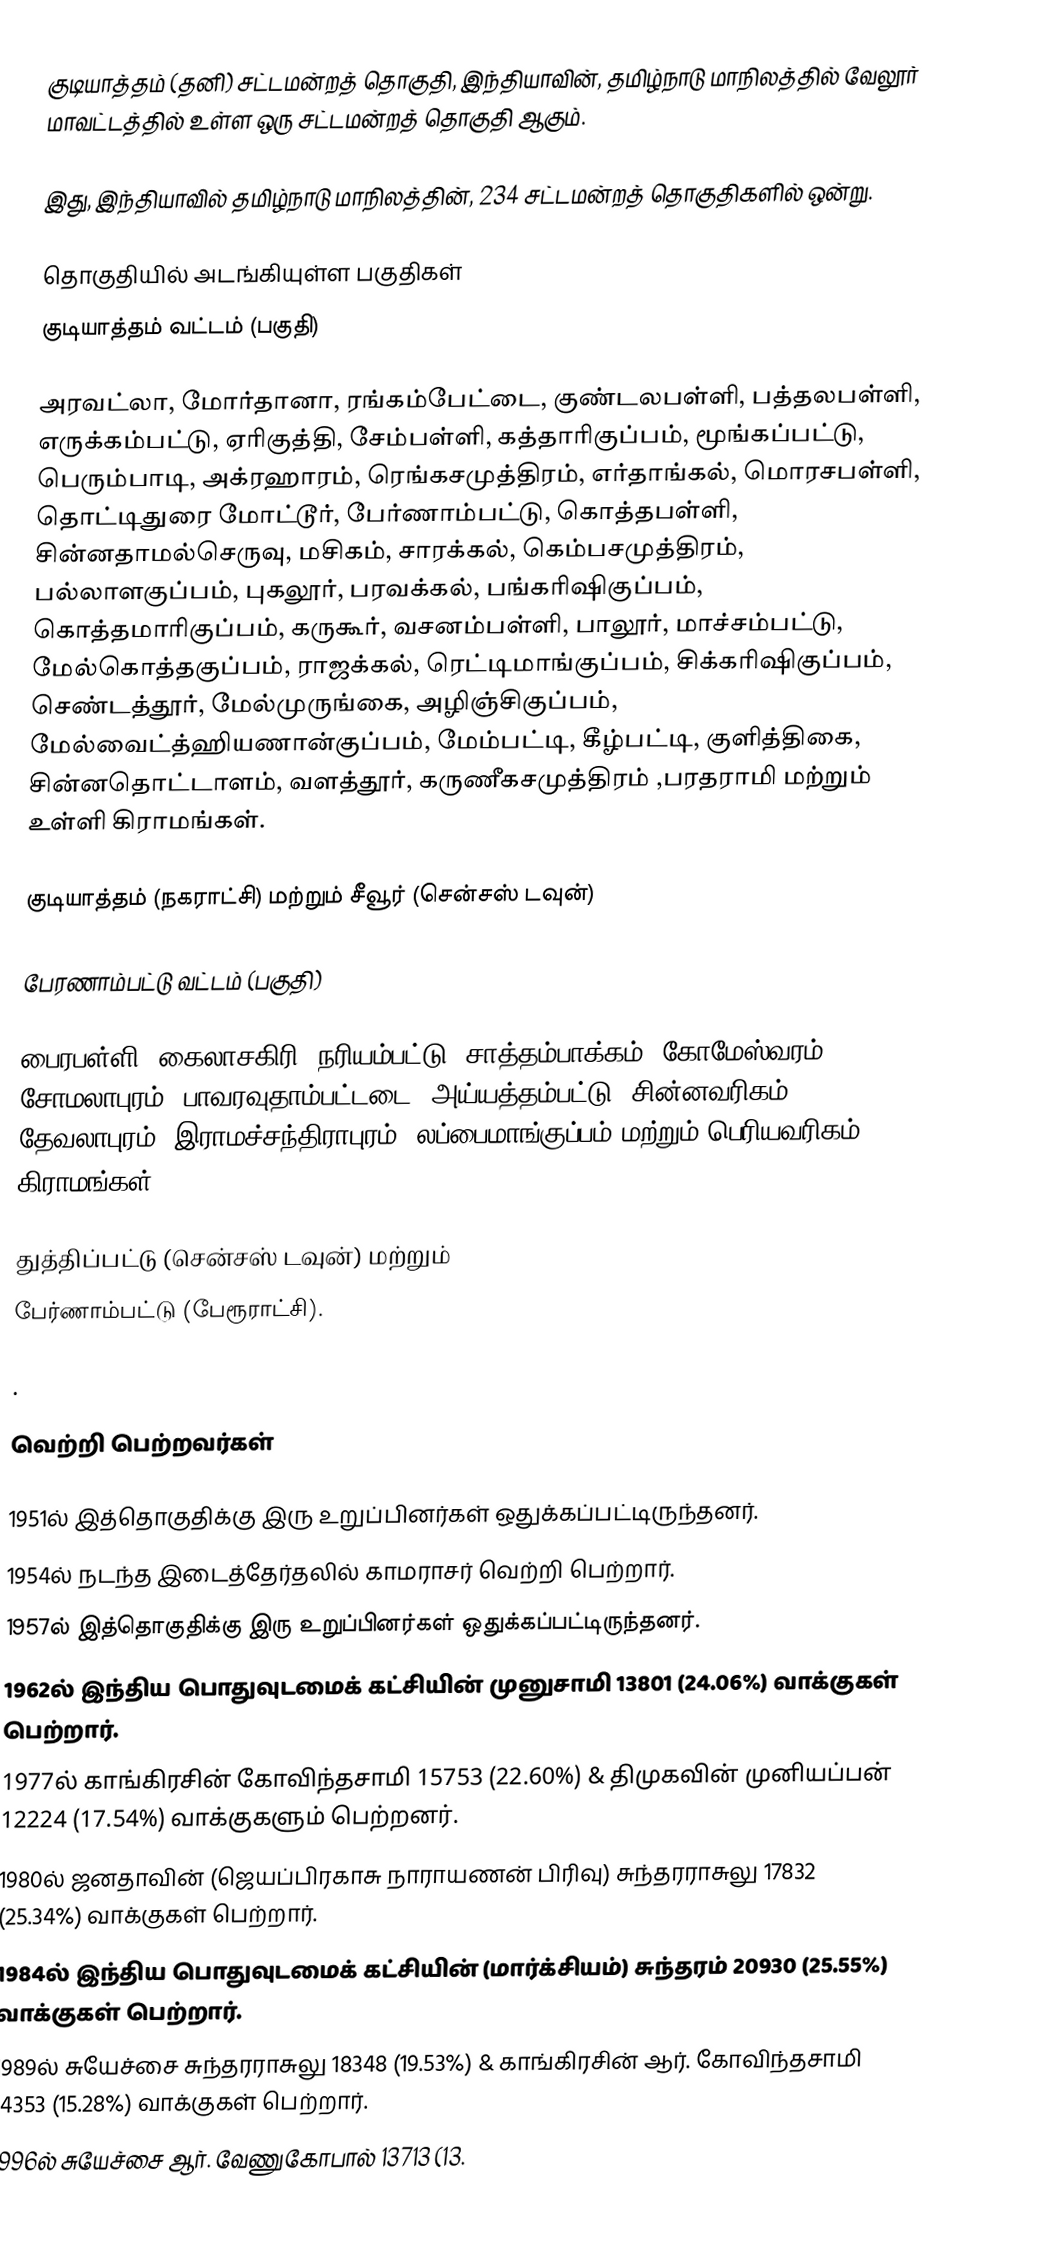
குடியாத்தம் (தனி)  சட்டமன்றத் தொகுதி, இந்தியாவின், தமிழ்நாடு மாநிலத்தில்  வேலூர் மாவட்டத்தில் உள்ள ஒரு சட்டமன்றத் தொகுதி ஆகும்.

இது, இந்தியாவில் தமிழ்நாடு மாநிலத்தின், 234 சட்டமன்றத் தொகுதிகளில் ஒன்று.

தொகுதியில் அடங்கியுள்ள பகுதிகள்
 குடியாத்தம் வட்டம் (பகுதி)

அரவட்லா, மோர்தானா, ரங்கம்பேட்டை, குண்டலபள்ளி, பத்தலபள்ளி, எருக்கம்பட்டு, ஏரிகுத்தி, சேம்பள்ளி, கத்தாரிகுப்பம், மூங்கப்பட்டு, பெரும்பாடி, அக்ரஹாரம், ரெங்கசமுத்திரம், எர்தாங்கல், மொரசபள்ளி, தொட்டிதுரை மோட்டூர், பேர்ணாம்பட்டு, கொத்தபள்ளி, சின்னதாமல்செருவு, மசிகம், சாரக்கல், கெம்பசமுத்திரம், பல்லாளகுப்பம், புகலூர், பரவக்கல், பங்கரிஷிகுப்பம், கொத்தமாரிகுப்பம், கருகூர், வசனம்பள்ளி, பாலூர், மாச்சம்பட்டு, மேல்கொத்தகுப்பம், ராஜக்கல், ரெட்டிமாங்குப்பம், சிக்கரிஷிகுப்பம், செண்டத்தூர், மேல்முருங்கை, அழிஞ்சிகுப்பம், மேல்வைட்த்ஹியணான்குப்பம், மேம்பட்டி, கீழ்பட்டி, குளித்திகை, சின்னதொட்டாளம், வளத்தூர், கருணீகசமுத்திரம் ,பரதராமி மற்றும் உள்ளி கிராமங்கள்.

குடியாத்தம் (நகராட்சி) மற்றும் சீவூர் (சென்சஸ் டவுன்)

பேரணாம்பட்டு வட்டம் (பகுதி)

பைரபள்ளி, கைலாசகிரி, நரியம்பட்டு, சாத்தம்பாக்கம், கோமேஸ்வரம், சோமலாபுரம், பாவரவுதாம்பட்டடை, அய்யத்தம்பட்டு, சின்னவரிகம், தேவலாபுரம், இராமச்சந்திராபுரம், லப்பைமாங்குப்பம் மற்றும் பெரியவரிகம் கிராமங்கள்.

துத்திப்பட்டு (சென்சஸ் டவுன்) மற்றும்
பேர்ணாம்பட்டு (பேரூராட்சி).

.

வெற்றி பெற்றவர்கள்

1951ல் இத்தொகுதிக்கு இரு உறுப்பினர்கள் ஒதுக்கப்பட்டிருந்தனர்.
 1954ல் நடந்த இடைத்தேர்தலில் காமராசர் வெற்றி பெற்றார்.
1957ல் இத்தொகுதிக்கு இரு உறுப்பினர்கள் ஒதுக்கப்பட்டிருந்தனர்.
1962ல் இந்திய பொதுவுடமைக் கட்சியின் முனுசாமி 13801 (24.06%) வாக்குகள் பெற்றார்.
1977ல் காங்கிரசின் கோவிந்தசாமி 15753 (22.60%) & திமுகவின் முனியப்பன் 12224 (17.54%) வாக்குகளும் பெற்றனர்.
1980ல் ஜனதாவின் (ஜெயப்பிரகாசு நாராயணன் பிரிவு) சுந்தரராசுலு 17832 (25.34%) வாக்குகள் பெற்றார்.
1984ல் இந்திய பொதுவுடமைக் கட்சியின் (மார்க்சியம்) சுந்தரம் 20930 (25.55%) வாக்குகள் பெற்றார்.
1989ல்  சுயேச்சை சுந்தரராசுலு 18348 (19.53%) & காங்கிரசின் ஆர். கோவிந்தசாமி  14353 (15.28%) வாக்குகள் பெற்றார்.
1996ல் சுயேச்சை ஆர். வேணுகோபால் 13713 (13.